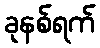
ခုနစ်ရက်